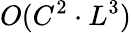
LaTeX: O(C^{2}\cdot L^{3})